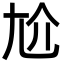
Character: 尬